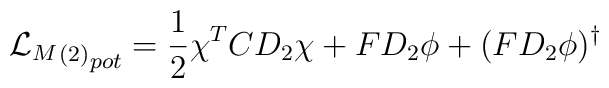
{{{\cal L}_{M}}_{(2)}}_{pot}=\frac{1}{2}\chi^{T}CD_{2}\chi+FD_{2}\phi+(FD_{2}\phi)^{\dagger}